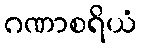
ဂဏာစရိယံ